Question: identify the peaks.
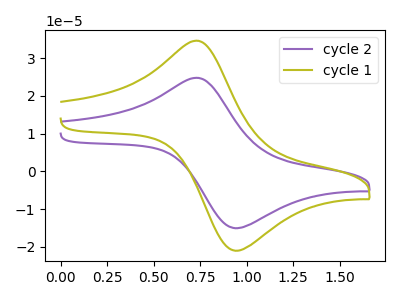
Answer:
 <answer>The purple curve "cycle 2" has an anodic peak at (0.70V, 24.80uA) and a cathodic peak at (0.95V, -15.05uA). The olive curve "cycle 1" has an anodic peak at (0.70V, 34.60uA) and a cathodic peak at (0.95V, -21.00uA).</answer>
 <eval></eval>